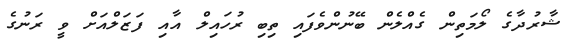
ޝާރުދާގެ ލޯމަތިން ގެއްލެން ބޭނުންވެފައި ތިބި ރުހައިލް އާއި ފަޒަލްއަށް ވީ ރަނުގެ